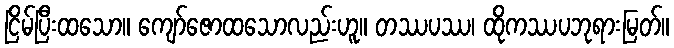
ငြိမ်ပြီးထသော။ ကျော်ဇောထသောလည်းဟူ။ တဿပဿ၊ ထိုကဿပဘုရားမြတ်။